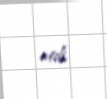
etdi.